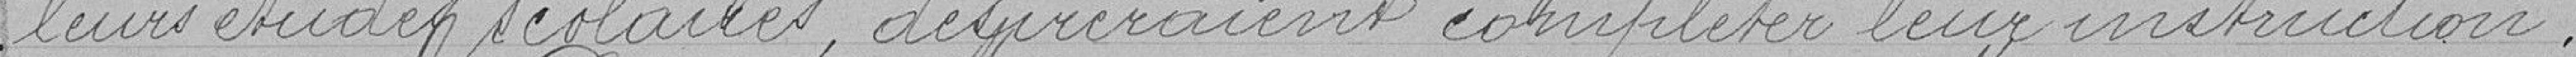
leurs études scolaires, désireraient compléter leur instruction.